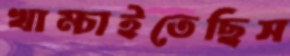
খাম্‌চাইতেছিস